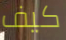
كيف